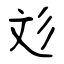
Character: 彣